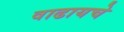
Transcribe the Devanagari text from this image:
वाढायचे